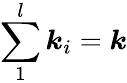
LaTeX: \sum_{1}^{l}\boldsymbol{k}_{i}=\boldsymbol{k}